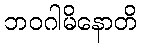
ဘဝဂါမိနောတိ